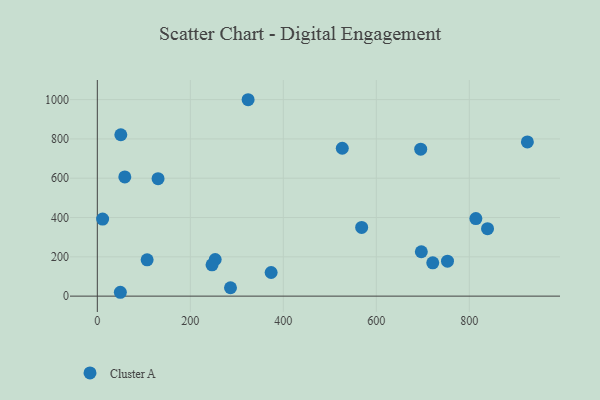
{"axis": {"x": "Ad Spend", "y": "Salary"}, "legend": ["Cluster A"], "data": [{"x": "695.5", "y": 748.0, "type": "Cluster A"}, {"x": "568.5", "y": 349.8, "type": "Cluster A"}, {"x": "253.5", "y": 186.3, "type": "Cluster A"}, {"x": "49.5", "y": 19.6, "type": "Cluster A"}, {"x": "696.8", "y": 225.8, "type": "Cluster A"}, {"x": "721.4", "y": 169.7, "type": "Cluster A"}, {"x": "839.2", "y": 343.1, "type": "Cluster A"}, {"x": "924.9", "y": 784.9, "type": "Cluster A"}, {"x": "130.6", "y": 597.9, "type": "Cluster A"}, {"x": "286.4", "y": 42.6, "type": "Cluster A"}, {"x": "107.1", "y": 184.7, "type": "Cluster A"}, {"x": "324.3", "y": 999.4, "type": "Cluster A"}, {"x": "526.8", "y": 752.4, "type": "Cluster A"}, {"x": "814.1", "y": 394.6, "type": "Cluster A"}, {"x": "59.1", "y": 606.7, "type": "Cluster A"}, {"x": "246.7", "y": 159.4, "type": "Cluster A"}, {"x": "50.5", "y": 821.3, "type": "Cluster A"}, {"x": "373.8", "y": 120.3, "type": "Cluster A"}, {"x": "11.4", "y": 392.0, "type": "Cluster A"}, {"x": "753.1", "y": 177.9, "type": "Cluster A"}]}